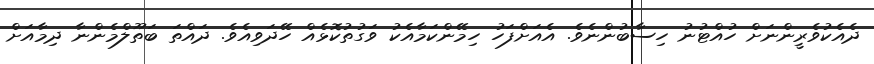
ދެއެކުވެރީންނަށް ހުއްޓުނު ހިސާބުންނެވެ. އެއަށްފަހު ހިމޭންކަމާއެކު ވަގުތުކޮޅެއް ހޭދަވިއެވެ. ދައްތަ ބަތޫލްމެންނާ ދިމާއަށް